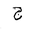
Letter: _gim